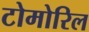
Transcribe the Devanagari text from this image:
टोमोरिल